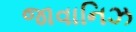
જાવાનિઝ